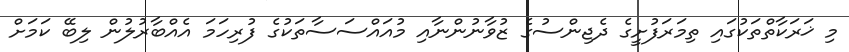
މި ޚަރަކާތްތަކުގައި ތިމަރަފުށީގެ ދެޖިންސުގެ ޒުވާނުންނާއި މުއައްސަސާތަކުގެ ފުރިހަމަ އެއްބާރުލުން ލިބޭ ކަމަށް